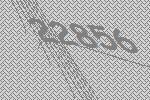
22856